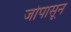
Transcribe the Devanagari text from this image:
जोपासून